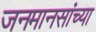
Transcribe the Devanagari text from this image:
जनमानसांच्या